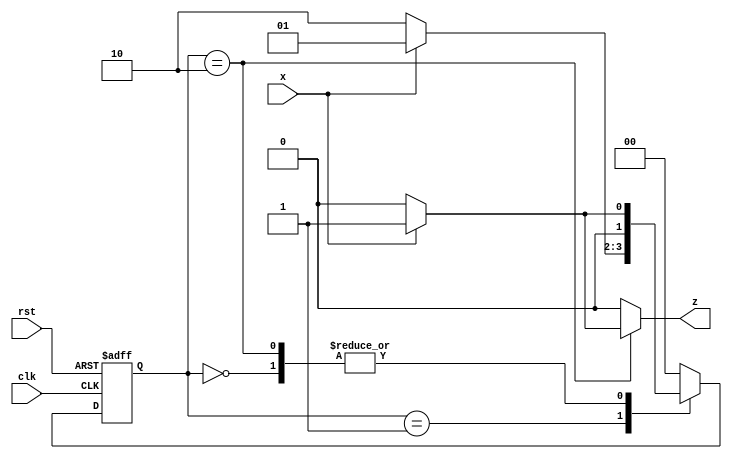
//---------------------------------------------------
// Sequence detector FSM 
// Mealy Finite State Machine.
// Overlapping sequence = '101'
//---------------------------------------------------

module mealy_seq_detect (input x, 
                         input clk, 
                         input rst,  
                         output reg z);

//--------------------------------------------
//States are binary encoded
//--------------------------------------------
parameter s0 = 2'b00, s1 = 2'b01, s2 = 2'b10;

  reg[1:0] current_state, next_state;//state reg
  

//------------------------------------
//Sequential logic
//------------------------------------
    always @(posedge clk or negedge rst)
    begin
      if(!rst)
         current_state <= s0;   // non- blocking procedural assignment
         else
         current_state <= next_state;
    end

//----------------------------------
//Combinational Next state logic
//-----------------------------------
   always@(*)
    begin
      case (current_state)
      s0 : begin
            if (x == 1)
              begin
                z = 0;
                next_state = s1;  // blocking procedural assignment
                end
            else
              begin
                z = 0;
                next_state = s0;
                end
            end
      s1 : begin
            if (x == 1)
              begin
                z = 0;
                next_state = s1;
                end
            else
              begin
                z = 0;
                next_state = s2;
                end
            end
      s2 : begin
            if (x == 1)
            begin
                z = 1;  // when state s2 gets 2nd required one and form a 101 sequence.
                next_state = s1;
            end    
                else
            begin
                z = 0;     
                next_state = s0;
            end      
            end
        default: begin 
        next_state = s0;  // default goes to s0 state
        z = 0; // default z = 0;
        end         
      endcase  // current state
    end    
endmodule // mealy_seq_detect